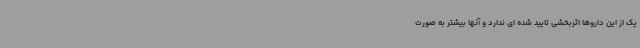
یک از این داروها اثربخشی تایید شده ای ندارد و آنها بیشتر به صورت